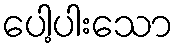
ပေါ့ပါးသော